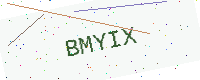
Text: BMYIX